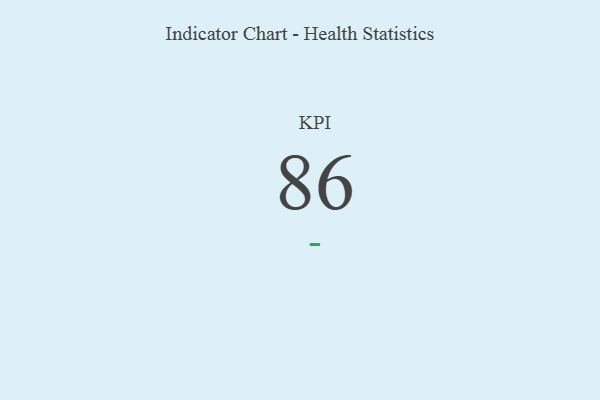
{"axis": {"x": "KPI", "y": "Value"}, "legend": [""], "data": [{"x": "KPI", "y": 86, "type": ""}]}